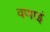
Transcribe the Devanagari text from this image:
वणाइं